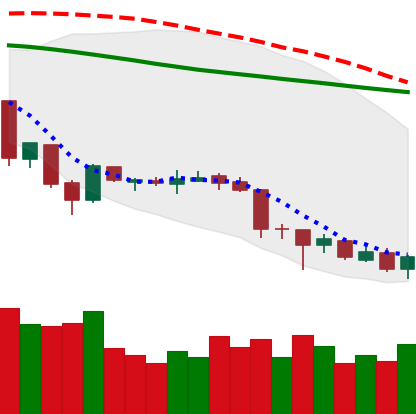
Ticker: XLM-USD
Chart end date: 2018-06-29
Forward return: 12.332%
Label: up_7plus